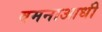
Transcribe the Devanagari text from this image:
वमनाआधी